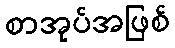
စာအုပ်အဖြစ်